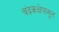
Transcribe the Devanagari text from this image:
चंद्रकक्षेपासून